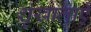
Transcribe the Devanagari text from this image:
शृंखालाएँ